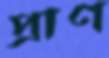
প্রাণ